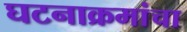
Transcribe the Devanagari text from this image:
घटनाक्रमांचा